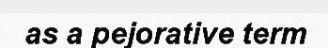
as a pejorative term